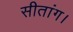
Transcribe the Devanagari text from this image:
सीतांग।